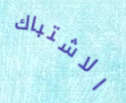
الاشتباك